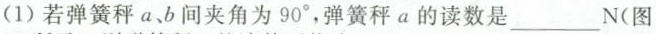
(1)若弹簧秤a、b间夹角为90^{\circ}，弹簧秤a的读数是___N(图